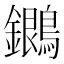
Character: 𪇩